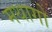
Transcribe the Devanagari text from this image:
मथागो